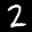
Label: 2